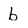
Character: b